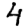
Digit: 4